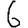
Digit: 6